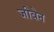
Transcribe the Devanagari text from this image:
जीवेन